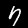
Digit: 7